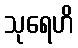
သုရေဟိ